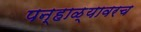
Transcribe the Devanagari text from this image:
पन्हाळ्यावरच